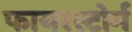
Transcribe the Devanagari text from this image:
फायरस्टोर्म